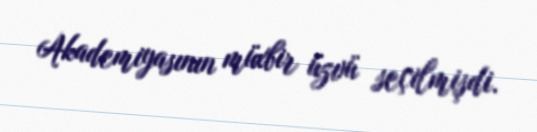
Akademiyasının müxbir üzvü seçilmişdi.